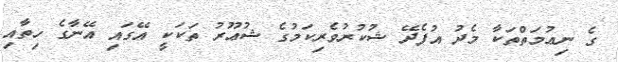
ގެ ނިޢުމަތްތަކާ މެދު އުފެދޭ ޝުކުރުވެރިކަމުގެ ޝުޢޫރު ތަކަކީ އޭގައި އޭނާގެ ހިތާއި